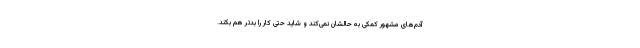
آدم‌های مشهور کمکی به حالشان نمی‌کند و شاید حتی کار را بدتر هم بکند.